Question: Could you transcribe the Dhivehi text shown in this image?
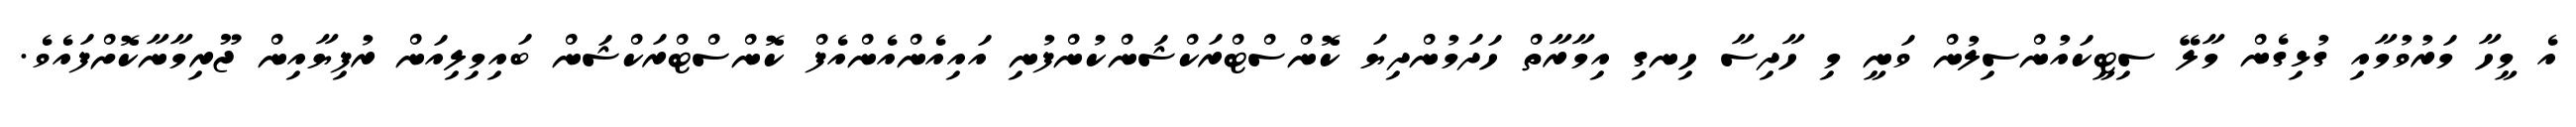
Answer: އެ މީހާ މަރުވުމާއި ގުޅިގެން މާލޭ ސިޓީކައުންސިލުން ވަނީ މި ހާދިސާ ހިނގި އިމާރާތް ހަދަމުންދިޔަ ކޮންސްޓްރަކްޝަންކުންފުނި އައިއެންއެންއެފް ކޮންސްޓްރަކްޝަން ބައިމިލިއަން ރުފިޔާއިން ޖޫރިމާނާކޮށްފައެވެ.